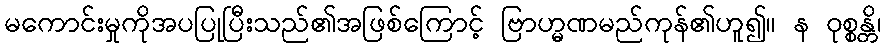
မကောင်းမှုကိုအပပြုပြီးသည်၏အဖြစ်ကြောင့် ဗြာဟ္မဏမည်ကုန်၏ဟူ၍။ န ဝုစ္စန္တိ၊